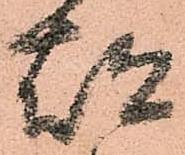
都